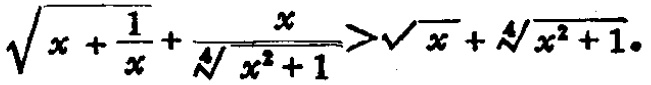
\(\sqrt{x + \frac{1}{x}}+\frac{x}{\sqrt[4]{x^{2}+1}}>\sqrt{x}+\sqrt[4]{x^{2}+1}\)